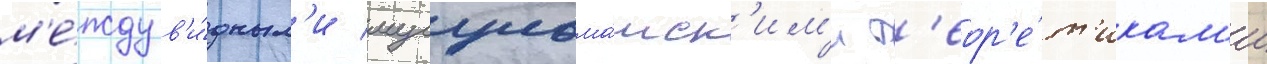
м'е́жду в'и́дным'и мусульма́нск'им'и т'еор'е́т'икам'и